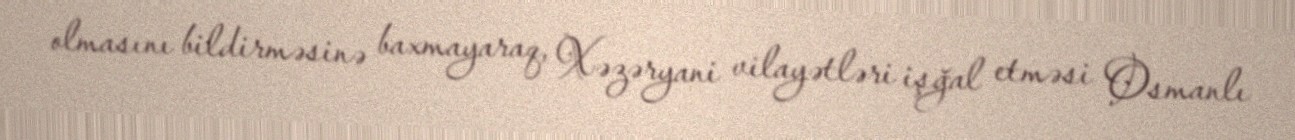
olmasını bildirməsinə baxmayaraq, Xəzəryani vilayətləri işğal etməsi Osmanlı